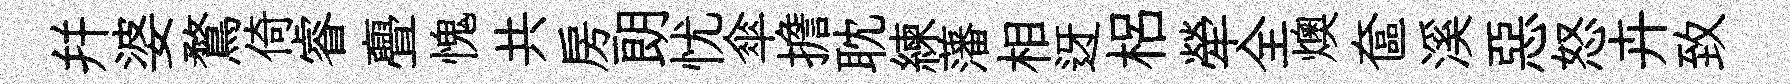
幷婆鶩倚睿亹愧共房朗忧傘擔耽練藩相迓梠犖全燠奩溪惡怒卉致